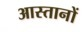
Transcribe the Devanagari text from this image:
आस्तानों